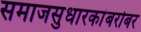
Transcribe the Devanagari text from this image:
समाजसुधारकांबरोबर